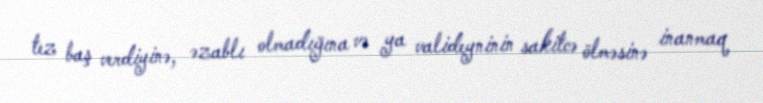
tez baş verdiyinə, əzablı olmadığına və ya valideyninin sakitcə ölməsinə inanmaq